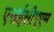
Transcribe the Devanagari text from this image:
एसईसीएएम